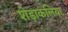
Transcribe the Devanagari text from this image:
शेड़ाकलिया